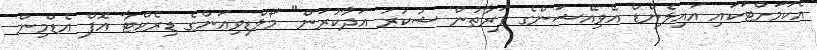
އެކަމަށްޓަކައި އައިލެންޑް އޭވިއޭޝަންގެ ފަރާތުން ޝުކުރު އަދާކުރަން" މޯލްޑިވިއަންގެ ޑިރެކްޓާ އޮފް އެޑްމިން